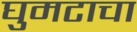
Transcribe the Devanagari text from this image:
घुमटाचा